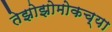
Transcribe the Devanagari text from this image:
तेझोझोमोकच्या